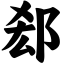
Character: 郄